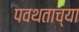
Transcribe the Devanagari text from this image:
पवथताच्या